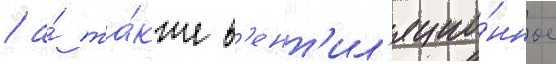
/ а́ та́кже в'ент'ил'яцио́нное